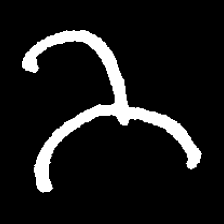
Pyu character \u2014 Myanmar letter: ဘ (romanized: bha)